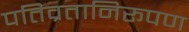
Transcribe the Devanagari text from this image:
पतिव्रतानिरूपण